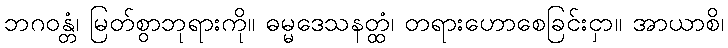
ဘဂဝန္တံ၊ မြတ်စွာဘုရားကို။ ဓမ္မဒေသနတ္ထံ၊ တရားဟောစေခြင်းငှာ။ အာယာစိ၊